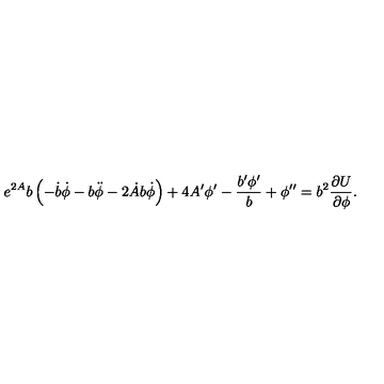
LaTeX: e ^ { 2 A } b \left( - \dot { b } \dot { \phi } - b \ddot { \phi } - 2 \dot { A } b \dot { \phi } \right) + 4 A ^ { \prime } \phi ^ { \prime } - \frac { b ^ { \prime } \phi ^ { \prime } } { b } + \phi ^ { \prime \prime } = b ^ { 2 } \frac { \partial U } { \partial \phi } .